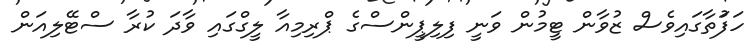
ހަފަުތާގައިވެސް ޒުވާން ޓީމުން ވަނީ ފިލިޕީންސްގެ ޕްރިމިއާ ލީގްގައި ވާދަ ކުރާ ސްޓޭލިއަން